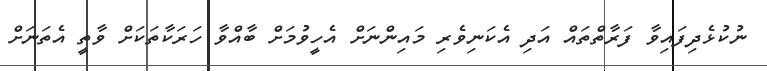
ނުކުޅެދިފައިވާ ފަރާތްތައް އަދި އެކަނިވެރި މައިންނަށް އެހީވުމަށް ބާއްވާ ހަރަކާތަކަށް ވާތީ އެތަނަށް